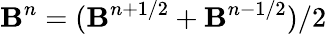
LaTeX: \mathbf{B}^{n}=(\mathbf{B}^{n+1/2}+\mathbf{B}^{n-1/2})/2